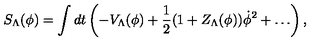
S _ { \Lambda } ( \phi ) = \int d t \left( - V _ { \Lambda } ( \phi ) + { \frac { 1 } { 2 } } ( 1 + Z _ { \Lambda } ( \phi ) ) \dot { \phi } ^ { 2 } + \ldots \right) ,